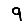
Digit: 9